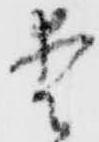
愛